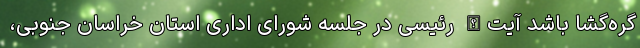
گره‌گشا باشد آیت‌الله رئیسی در جلسه شورای اداری استان خراسان جنوبی،